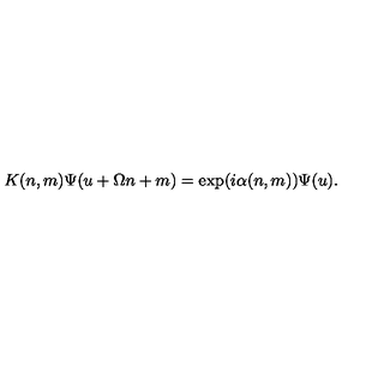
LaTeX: K ( n , m ) \Psi ( u + \Omega n + m ) = \exp ( i \alpha ( n , m ) ) \Psi ( u ) .